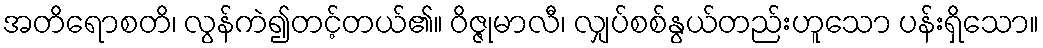
အတိရောစတိ၊ လွန်ကဲ၍တင့်တယ်၏။ ဝိဇ္ဇုမာလီ၊ လျှပ်စစ်နွယ်တည်းဟူသော ပန်းရှိသော။